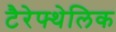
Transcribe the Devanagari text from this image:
टैरेफ्थेलिक